Report of the Indian Hemp Drugs Commission, 1894-1895 - Volume V
Year: 1894
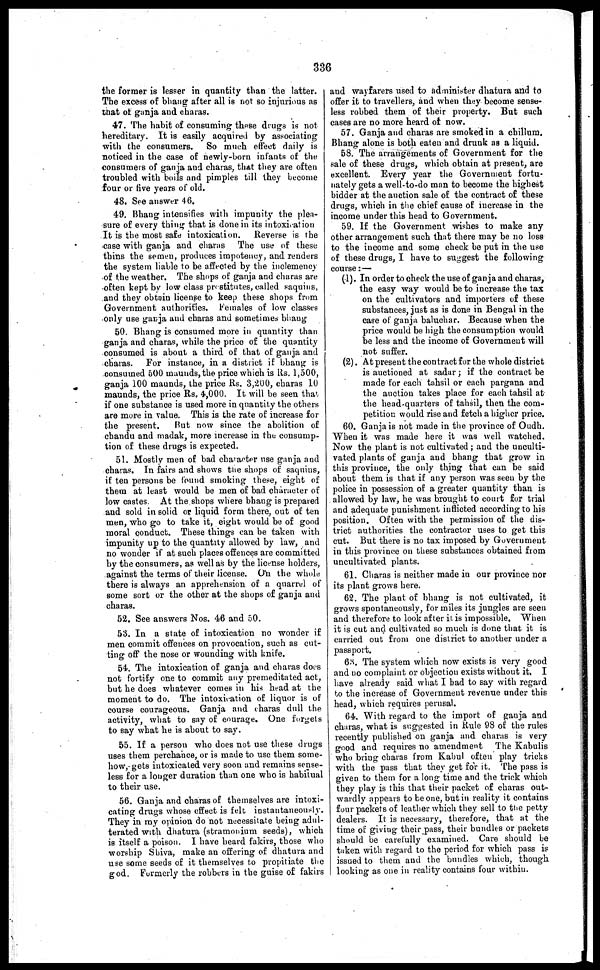
336
the former is lesser in quantity than the latter.
The excess of bhang after all is not so injurious as
that of ganja and charas.
47. The habit of consuming these drugs is not
hereditary. It is easily acquired by associating
with the consumers. So much effect daily is
noticed in the case of newly-born infants of the
consumers of ganja and charas, that they are often
troubled with boils and pimples till they become
four or five years of old.
48. See answer 46.
49. Bhang intensifies with impunity the plea-
sure of every thing that is done in its intoxication
It is the most safe intoxication. Reverse is the
case with ganja and charas The use of these
thins the semen, produces impotency, and renders
the system liable to be affected by the inclemency
of the weather. The shops of ganja and charas are
often kept by low class prostitutes, called saquins,
and they obtain license to keep these shops from
Government authorities. Females of low classes
only use ganja and charas and sometimes bhang
50. Bhang is consumed more in quantity than
ganja and charas, while the price of the quantity
consumed is about a third of that of ganja and
charas. For instance, in a district if bhang is
consumed 600 maunds, the price which is Rs. 1,500,
ganja 100 maunds, the price Rs. 3,200, charas 10
maunds, the price Rs. 4,000. It will be seen that
if one substance is used more in quantity the others
are more in value. This is the rate of increase for
the present.
But now since the abolition of
chandu and madak, more increase in the consump-
tion of these drugs is expected.
51. Mostly men of bad character use ganja and
charas. In fairs and shows the shops of saquins,
if ten persons be found smoking these, eight of
them at least would be men of bad character of
low castes. At the shops where bhang is prepared
and sold in solid or liquid form there, out of ten
men, who go to take it, eight would be of good
moral conduct. These things can be taken with
impunity up to the quantity allowed by law, and
no wonder if at such places offences are committed
by the consumers, as well as by the license holders,
against the terms of their license. On the whole
there is always an apprehension of a quarrel of
some sort or the other at the shops of ganja and
charas.
52. See answers Nos. 46 and 50.
53. In a state of intoxication no wonder if
men commit offences on provocation, such as cut-
ting off the nose or wounding with knife.
54. The intoxication of ganja and charas does
not fortify one to commit any premeditated act,
but he does whatever comes in his head at the
moment to do. The intoxication of liquor is of
course courageous. Ganja and charas dull the
activity, what to say of courage. One forgets
to say what he is about to say.
55. If a person who does not use these drugs
uses them perchance, or is made to use them some-
how, gets intoxicated very soon and remains sense-
less for a longer duration than one who is habitual
to their use.
56. Ganja and charas of themselves are intoxi-
cating drugs whose effect is felt, instantaneously.
They in ray opinion do not necessitate being adul-
terated with dhatura (stramonium seeds), which
is itself a poison. I have heard fakirs, those who
worship Shiva, make an offering of dhatura and
use some seeds of it themselves to propitiate the
god. Formerly the robbers in the guise of fakirs
and wayfarers used to administer dhatura and to
offer it to travellers, and when they become sense-
less robbed them of their property. But such
cases are no more heard of now.
57. Ganja and charas are smoked in a chillum.
Bhang alone is both eaten and drunk as a liquid.
58. The arrangements of Government for the
sale of these drugs, which obtain at present, are
excellent. Every year the Government fortu-
nately gets a well-to-do man to become the highest
bidder at the auction sale of the contract of these
drugs, which in the chief cause of increase in the
income under this head to Government.
59. If the Government wishes to make any
other arrangement such that there may be no loss
to the income and some check be put in the use
of these drugs, I have to suggest the following
course :—
(1). In order to check the use of ganja and charas,
the easy way would be to increase the tax
on the cultivators and importers of these
substances, just as is done in Bengal in the
case of ganja baluchar. Because when the
price would be high the consumption would
be less and the income of Government will
not suffer.
(2). At present the contract for the whole district
is auctioned at sadar ; if the contract be
made for each tahsil or each pargana and
the auction takes place for each tahsil at
the head-quarters of tahsil, then the com-
petition would rise and fetch a higher price.
60. Ganja is not made in the province of Oudh.
When it was made here it was well watched.
Now the plant is not cultivated ; and the unculti-
vated plants of ganja and bhang that grow in
this province, the only thing that can be said
about them is that if any person was seen by the
police in possession of a greater quantity than is
allowed by law, he was brought to court for trial
and adequate punishment inflicted according to his
position. Often with the permission of the dis-
trict authorities the contractor uses to get this
cut. But there is no tax imposed by Government
in this province on these substances obtained from
uncultivated plants.
61. Charas is neither made in our province nor
its plant grows here.
62. The plant of bhang is not cultivated, it
grows spontaneously, for miles its jungles are seen
and therefore to look after it. is impossible. When
it is cut and cultivated so much is done that it is
carried out from one district to another under a
passport.
63. The system which now exists is very good
and no complaint or objection exists without it. I
have already said what I bad to say with regard
to the increase of Government revenue under this
head, which requires perusal.
64. With regard to the import of ganja and
charas, what is suggested in Rule 98 of the rules
recently published on ganja and charas is very
good and requires no amendment The Kabulis
who bring charas from Kabul often play tricks
with the pass that they get for it. The pass is
given to them for a long time and the trick which
they play is this that their packet of charas out-
wardly appears to be one, but in reality it contains
four packets of leather which they sell to the petty
dealers. It is necessary, therefore, that at the
time of giving their pass, their bundles or packets
should be carefully examined. Care should be
taken with regard to the period for which pass is
issued to them and the bundles which, though
looking as one in reality contains four within.